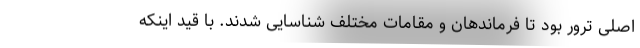
اصلی ترور بود تا فرماندهان و مقامات مختلف شناسایی شدند. با قید اینکه